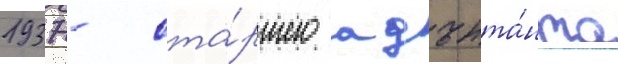
1937 - ста́ршего адъюта́нта